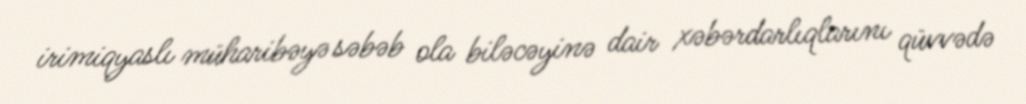
irimiqyaslı müharibəyə səbəb ola biləcəyinə dair xəbərdarlıqlarını qüvvədə